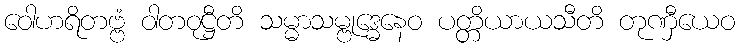
ဝေါဟရိတဗ္ဗံ ဝါတဝုဋ္ဌီတိ သမ္မာသမ္ဗုဒ္ဓေနေဝ ပတ္တိယာယသီတိ တုဏှီယေဝ